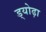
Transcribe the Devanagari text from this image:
ड्योढ़ा